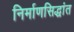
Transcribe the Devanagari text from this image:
निर्माणसिद्धांत